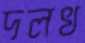
দলখ